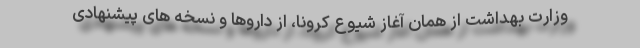
وزارت بهداشت از همان آغاز شیوع کرونا، از داروها و نسخه های پیشنهادی